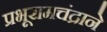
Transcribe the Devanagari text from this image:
प्रभूरामचंद्राने